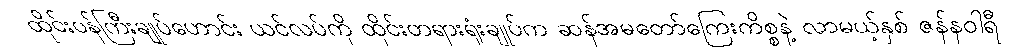
ထိုင်းဝန်ကြီးချုပ်ဟောင်း ယင်လပ်ကို ထိုင်းတရားရုံးချုပ်က ဆန်အမတော်ကြေးကိစ္စနဲ့ လာမယ့်နှစ် ဇန်နဝါရီ